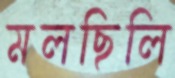
মলছিলি